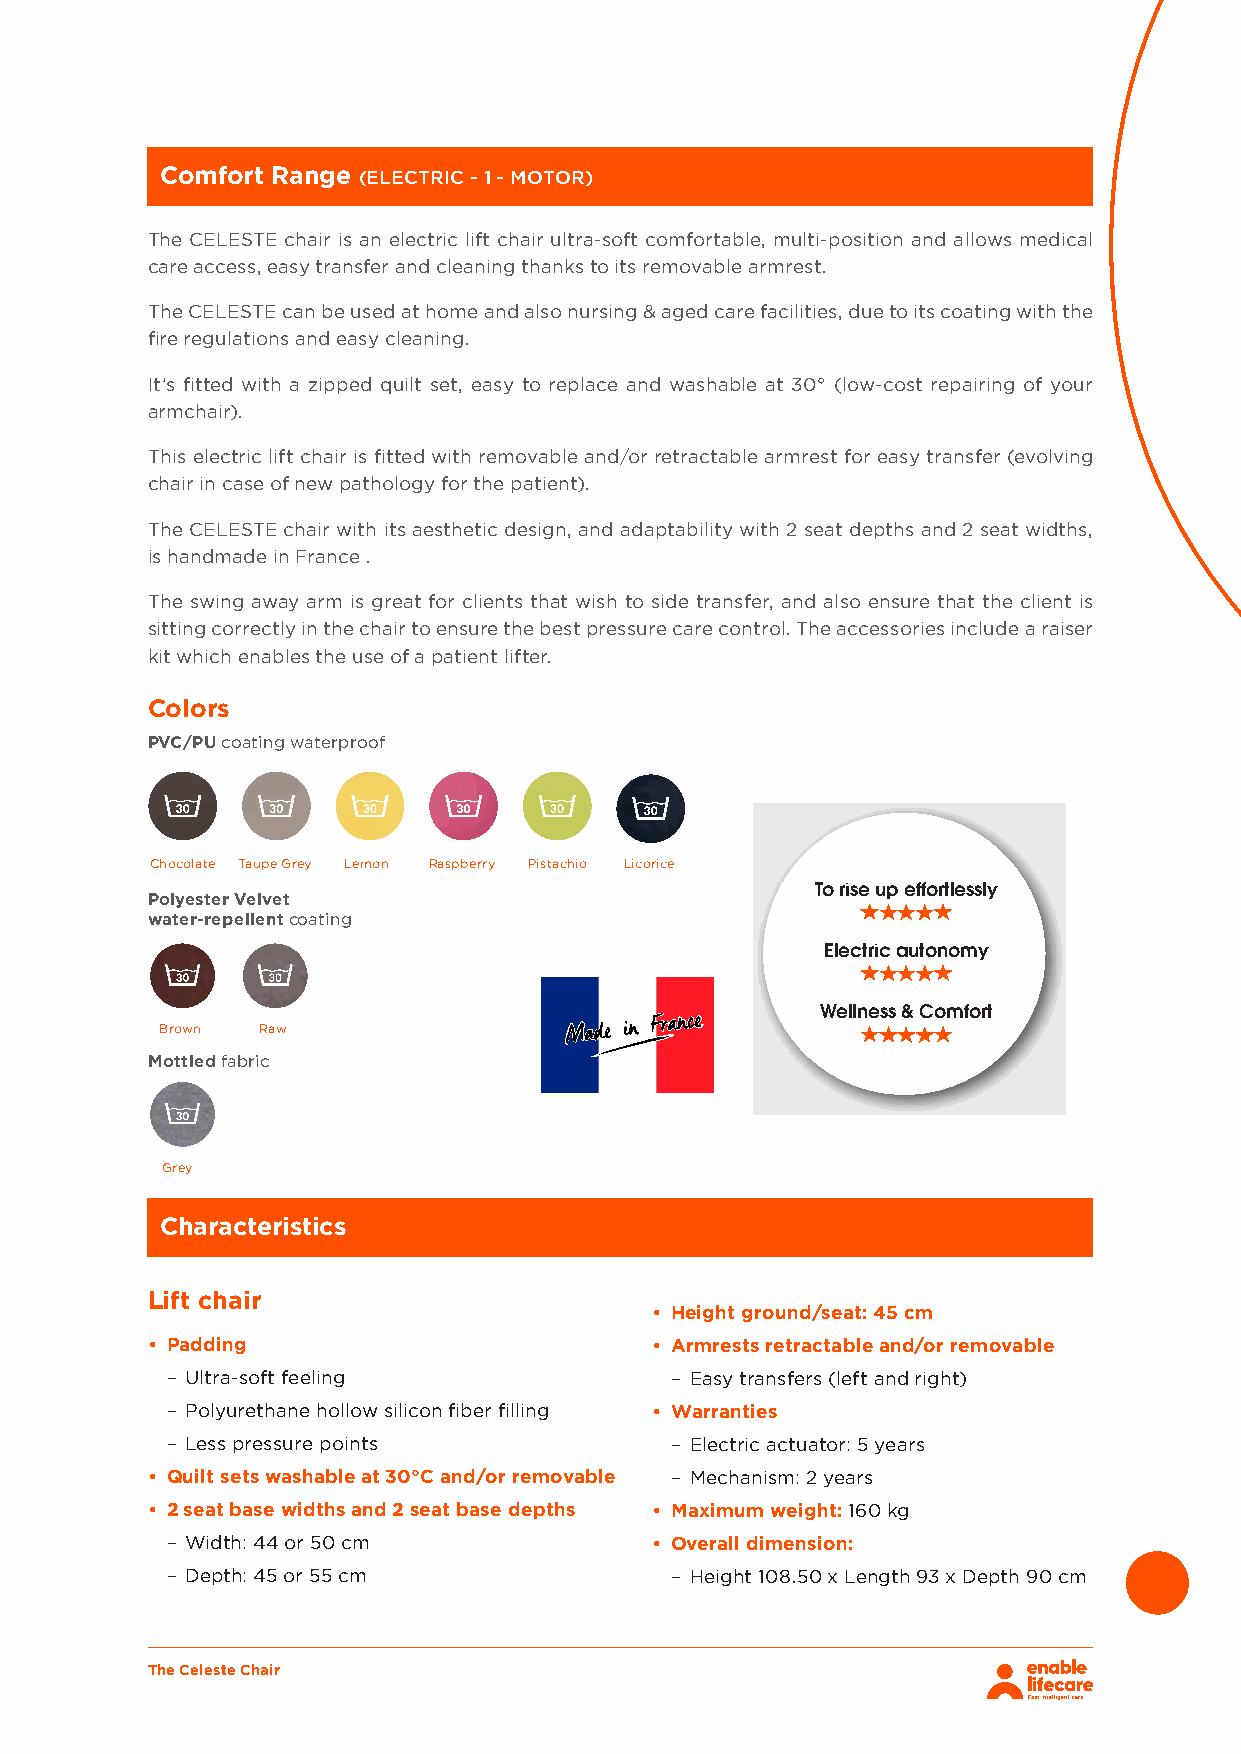
Comfort Range
 (ELECTRIC - 1 - MOTOR)
 The CELESTE chair is an electric lift chair ultra-soft comfortable, multi-position and allows medical
 care access, easy transfer and cleaning thanks to its removable armrest.
 The CELESTE can be used at home and also nursing & aged care facilities, due to its coating with the
 fire regulations and easy cleaning.
 It’s fitted with a zipped quilt set, easy to replace and washable at 30° (low-cost repairing of your
 armchair).
 This electric lift chair is fitted with removable and/or retractable armrest for easy transfer (evolving
 chair in case of new pathology for the patient).
 The CELESTE chair with its aesthetic design, and adaptability with 2 seat depths and 2 seat widths,
 is handmade in France .
 The swing away arm is great for clients that wish to side transfer, and also ensure that the client is
 sitting correctly in the chair to ensure the best pressure care control. The accessories include a raiser
 kit which enables the use of a patient lifter.
 Colors
 PVC/PU coating waterproof
 Chocolate Taupe Grey Lemon Raspberry Pistachio Licorice
 Polyester Velvet
 To rise up effortlessly
 water-repellent coating
 Elec tric autonomy
 Welln ess & Comfort
 Brown Raw        Grey
 Brown Raw
 Mottled fabric
 Brown Raw  Grey
 Grey
 Characteristics
 Lift chair
 • Height ground/seat: 45 cm
 • Padding                        • Armrests retractable and/or removable
 – Ultra-soft feeling             – Easy transfers (left and right)
 – Polyurethane hollow silicon fiber filling • Warranties
 – Less pressure points           – Electric actuator: 5 years
 • Quilt sets washable at 30°C and/or removable – Mechanism: 2 years
 • 2 seat base widths and 2 seat base depths • Maximum weight: 160 kg
 – Width: 44 or 50 cm            • Overall dimension:
 – Depth: 45 or 55 cm             – Height 108.50 x Length 93 x Depth 90 cm
 The Celeste Chair